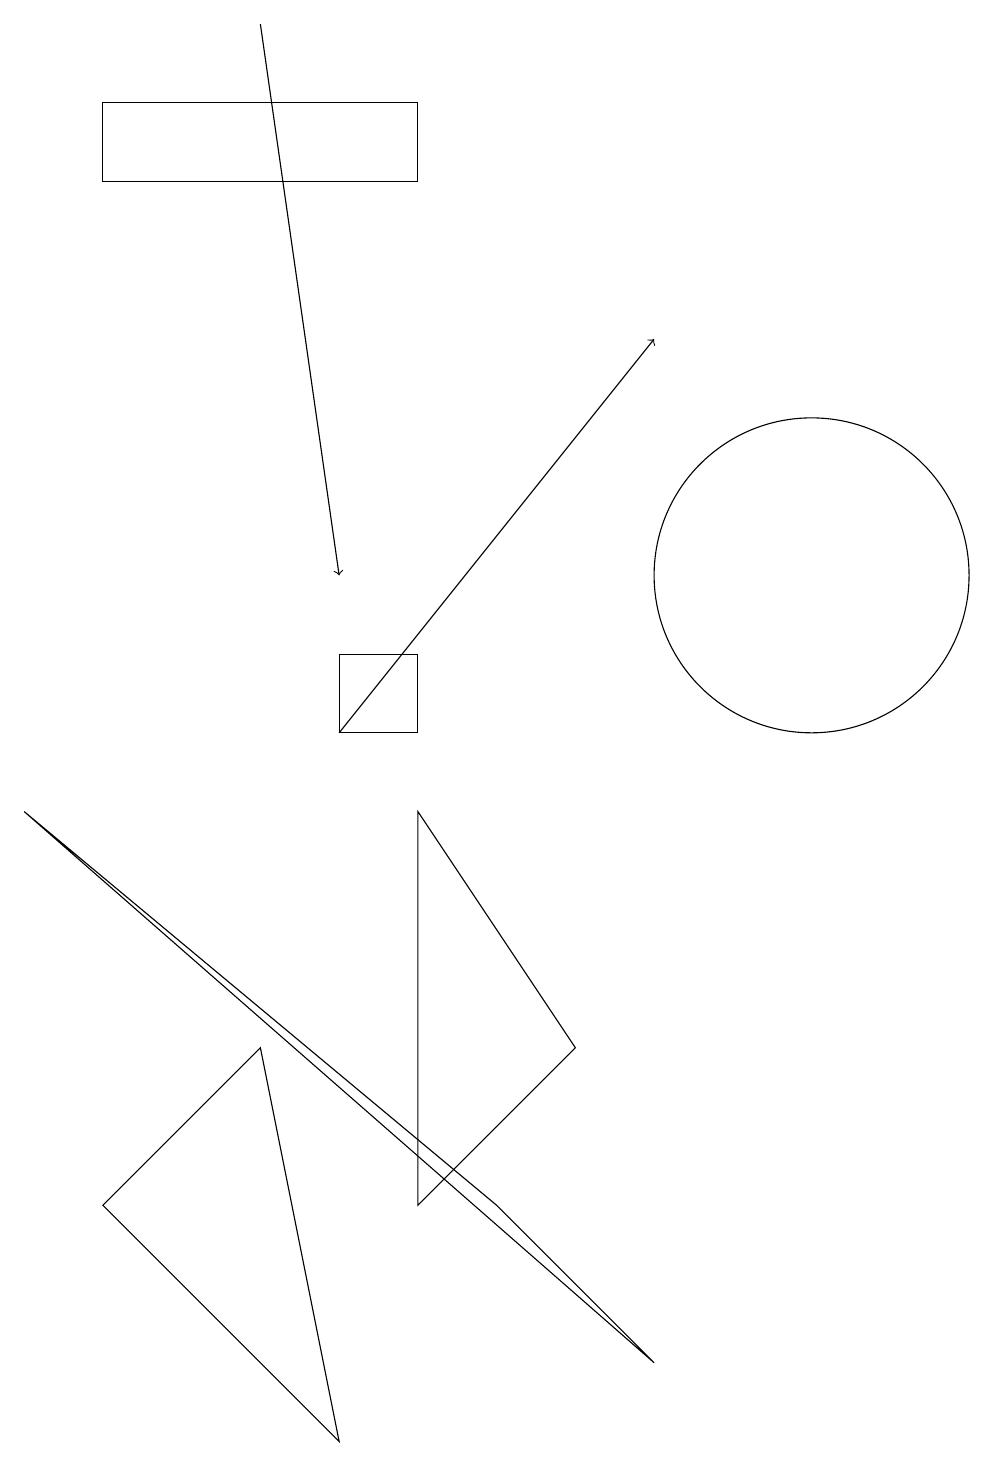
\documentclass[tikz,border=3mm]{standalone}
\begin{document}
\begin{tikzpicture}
\draw (6,9) -- (8,6) -- (6,4) -- cycle;
\draw[->] (5,10) -- (9,15);
\draw (2,17) rectangle (6,18);
\draw (6,11) rectangle (5,10);
\draw (11,12) circle (2);
\draw (7,4) -- (1,9) -- (9,2) -- cycle;
\draw[->] (4,19) -- (5,12);
\draw (2,4) -- (5,1) -- (4,6) -- cycle;
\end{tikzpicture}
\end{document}